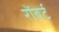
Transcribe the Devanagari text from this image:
रोंबर्ट